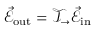
\vec { \mathcal { E } } _ { \mathrm { o u t } } = \mathcal { T } _ { \rightarrow } \vec { \mathcal { E } } _ { \mathrm { i n } }